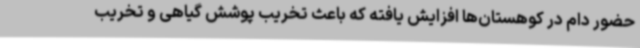
حضور دام در کوهستان‌ها افزایش یافته که باعث تخریب پوشش گیاهی و تخریب